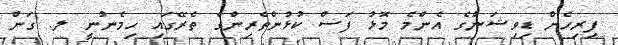
ފިރިހެން ޑިވިޝަންގެ އެންމެ މޮޅު ފަސް ކުޅުންތެރިންގެ ތެރޭގައި ހިމެނުނީ ލ. ގަން